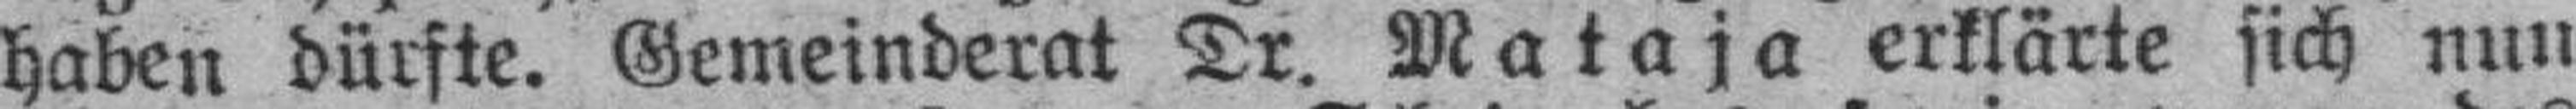
haben dürfte. Gemeinderat Dr. Mataja erklärte sich nun